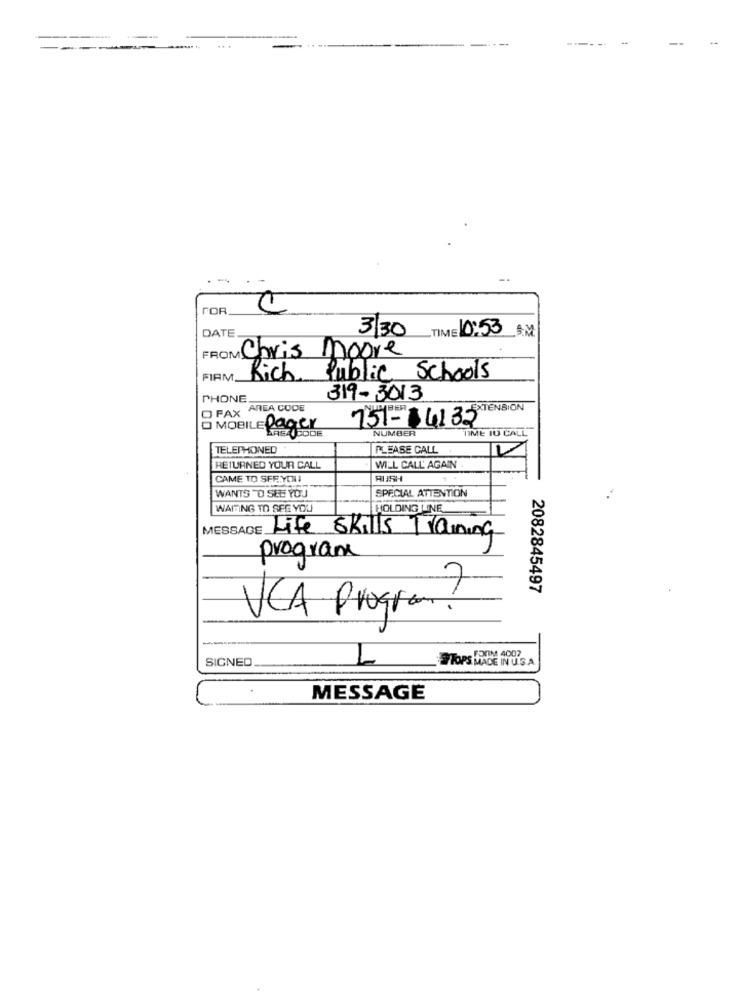
---
--
--------
FOR
DATE
3 30
TIME 0:53 S.M.
FROM: Chris moore
FIRM.
Rich Public Schools
PHONE.
319-3013
O FAX AREA CODE
751-34135 XTENSION
O MOBILE Pager
KREAU BODE
NUMBER
TIME IU CALL
TELEPHONED
PLEASE CALL
RETURNED YOUR CALL
WILL CALL' AGAIN
CAME TO SFF.YOU
RUSH
WANTS TO SEE YOU
SPECIAL ATTENTION
WAITING TO SEG YOU
HOLDING LINE
MESSAGE Life Skills Training
program
2082845497
VCA Program.
SIGNED
TOPS MADE IN U.S.A.
FROM 4007
MESSAGE